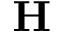
\mathbf { H }